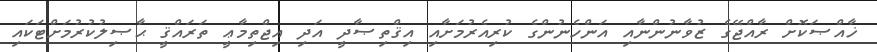
ޚާއްޞަކޮށް ރާއްޖޭގެ ޒުވާނުންނާއި އަންހެނުންގެ ކުރިއެރުމަށާއި އިޤްތިޞާދީ އަދި އިޖްތިމާޢީ ތަރައްޤީ ޙާޞިލުކުރުމަށްޓަކައި